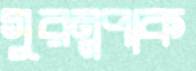
গুরম্নপাক